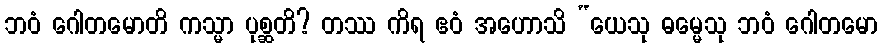
ဘဝံ ဂေါတမောတိ ကသ္မာ ပုစ္ဆတိ? တဿ ကိရ ဧဝံ အဟောသိ “ယေသု ဓမ္မေသု ဘဝံ ဂေါတမော